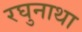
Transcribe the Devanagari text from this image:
रघुनाथा